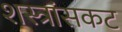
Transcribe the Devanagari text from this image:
शस्त्रांसकट